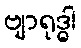
ဗျာရုဒ္ဓါ